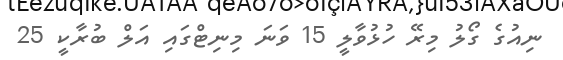
ނިއުގެ ގޯލު މިރޭ ހުޅުވާލީ 15 ވަނަ މިނިޓްގައި އަލް ބުރާކީ 25